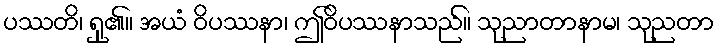
ပဿတိ၊ ရှု၏။ အယံ ဝိပဿနာ၊ ဤဝိပဿနာသည်။ သုညာတာနာမ၊ သုညတာ